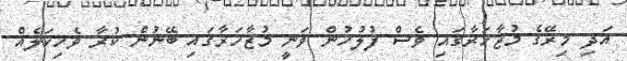
އަދި މިރޭގެ މުޒާހަރާގައި ވެސް ފުލުހުން ވަނީ މުޒާހަރާގައި ބޭނުން ކުރާ ވެހިކަލެއް